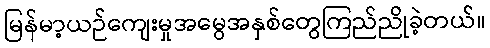
မြန်မာ့ယဉ်ကျေးမှုအမွေအနှစ်တွေကြည်ညိုခဲ့တယ်။